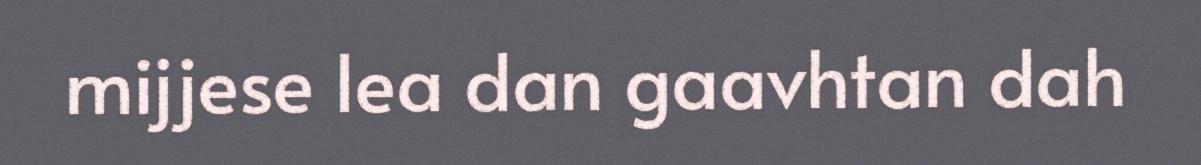
mijjese lea dan gaavhtan dah